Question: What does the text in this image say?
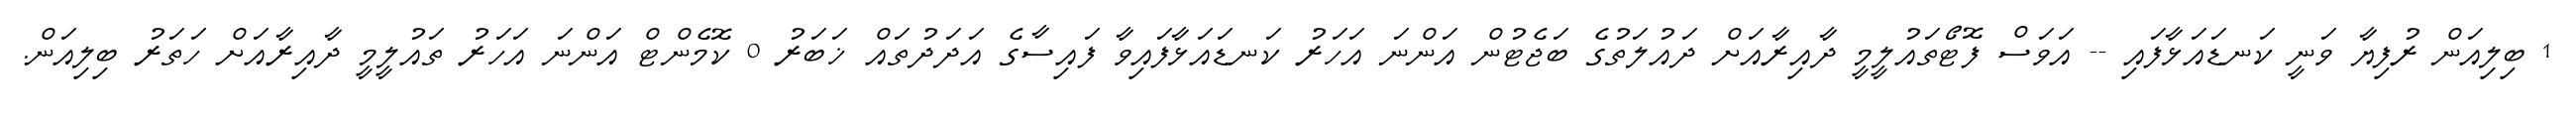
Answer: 1 ބިލިއަން ރުފިޔާ ވަނީ ކަނޑައަޅާފައި -- އަވަސް ފޮޓޯތައުލީމީ ދާއިރާއަށް ދައުލަތުގެ ބަޖެޓުން އަންނަ އަހަރު ކަނޑައަޅާފައިވާ ފައިސާގެ އަދަދުތައް ޚަބަރު 0 ކޮމެންޓް އަންނަ އަހަރު ތައުލީމީ ދާއިރާއަށް ހަތަރު ބިލިއަން.